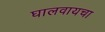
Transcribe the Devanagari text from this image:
घालवायचा